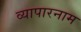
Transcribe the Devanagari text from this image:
व्यापारनाम